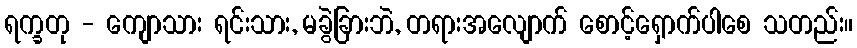
ရက္ခတု - ကျောသား ရင်းသား, မခွဲခြားဘဲ, တရားအလျောက် စောင့်ရှောက်ပါစေ သတည်း။